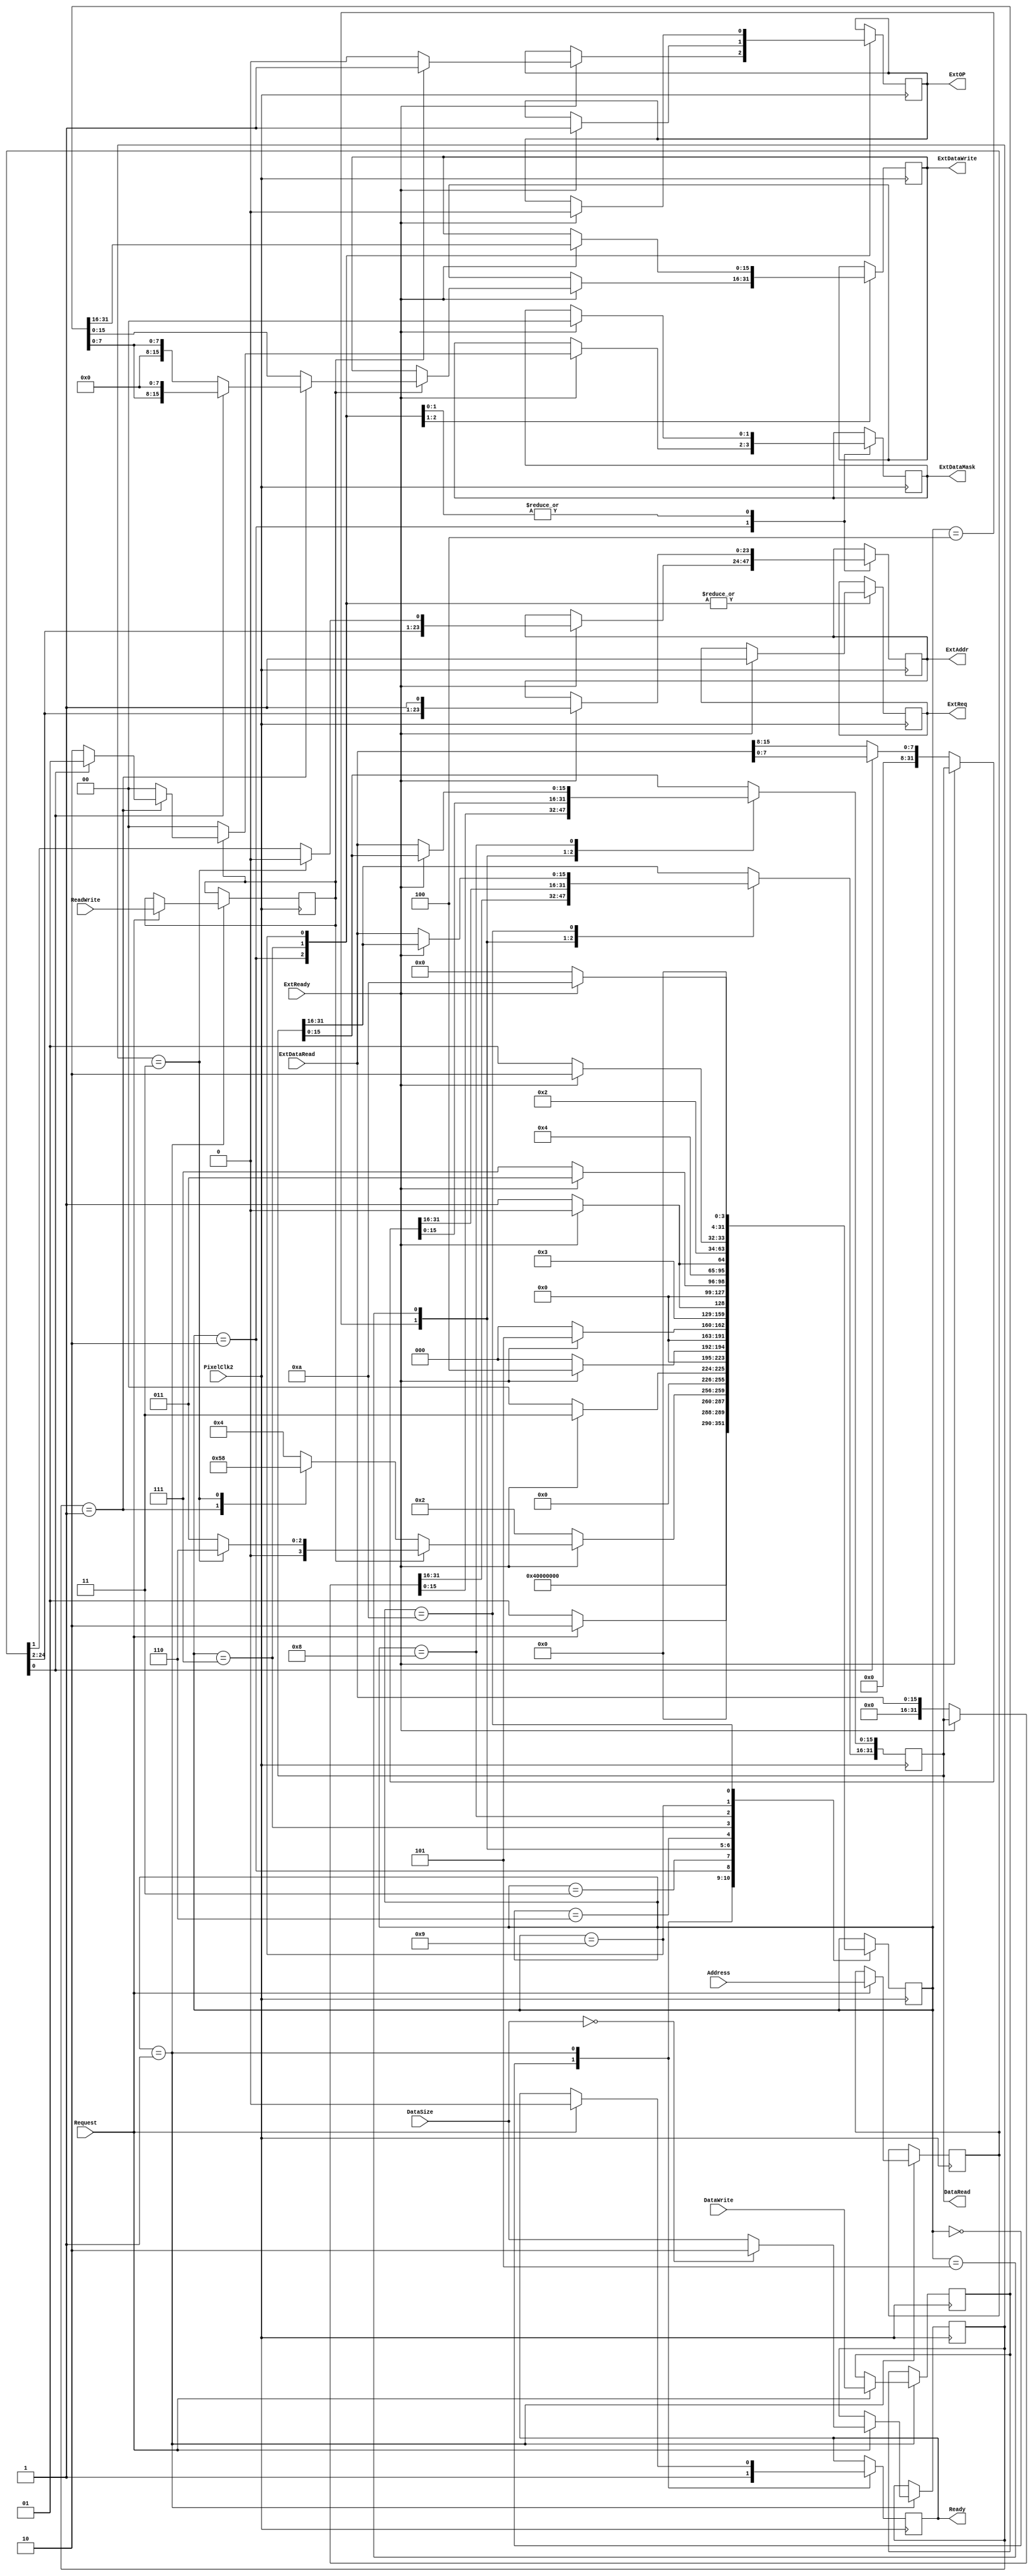
module MemoryAdapter
( input PixelClk2,
  output reg [23:0] ExtAddr,
  output reg [15:0] ExtDataWrite,
  output reg [1:0] ExtDataMask,
  input [15:0] ExtDataRead,
  output reg ExtOP,
  output reg ExtReq,
  input ExtReady,
  input [24:0] Address,
  input [31:0] DataWrite,
  output reg [31:0] DataRead,
  input [1:0] DataSize,            // 01: 8bit  -  11: 32bit  -  00|10: 16bit
  input ReadWrite,
  input Request,
  output reg Ready  
);

  integer Status;
  reg [24:0] SaveAddr;
  reg [31:0] SaveData;
  reg [1:0] SaveSize;
  reg SaveOP;

  initial
    begin
	   Status = 0;
		ExtReq = 0;
		DataRead = 0;
		ExtAddr = 0;
		ExtDataWrite = 0;
		ExtDataMask = 0;
		ExtOP = 0;
		Ready = 0;
	 end

  always @(posedge PixelClk2)
    begin
	   case(Status)
		  0: begin
		       Ready = 1;
				 Status = 1;
		     end
		  1: begin
		       if (Request == 1)
				   begin
				     SaveAddr = Address;
                 SaveData = DataWrite;
                 SaveSize = (DataSize == 2'b00) ? 2'b10 : DataSize;
                 SaveOP = ReadWrite;
					  Ready = 0;
					  Status = 2;
					end
				 else Status = 1;
		     end
		  2: begin
		       if (ExtReady == 1)
				   begin
					  case(SaveOP)
					    1: begin                      // WRITE
					         case(SaveSize)
					           2'b01: begin           // Byte
								           ExtAddr = SaveAddr[24:1];
											  ExtDataWrite = (SaveAddr[0]==0) ? {8'h00,SaveData[7:0]} : {SaveData[7:0],8'h00};
											  ExtDataMask = (SaveAddr[0]==0) ? 2'b10 : 2'b01;
											  ExtOP = 1;
											  ExtReq = 1;
											  Status = 3;
						               end
						        2'b11: begin           // Double
								           ExtAddr = {SaveAddr[24:2],1'b0};
										     ExtDataWrite = SaveData[15:0];
											  ExtDataMask = 2'b00;
											  ExtOP = 1;
											  ExtReq = 1;
											  Status = 6;
						               end
						        default: begin         // Word
						                   ExtAddr = SaveAddr[24:1];
										       ExtDataWrite = SaveData[15:0];
												 ExtDataMask = 2'b00;
												 ExtOP = 1;
												 ExtReq = 1;
												 Status = 3;
						                 end
					         endcase
							 end
					    default: begin                // READ
					               case(SaveSize)
					                 2'b01: begin     // Byte
										           ExtAddr = SaveAddr[24:1];
													  ExtDataMask = 2'b00;
												     ExtOP = 0;
												     ExtReq = 1;
												     Status = 5;
						                     end
						              2'b11: begin     // Double
										           ExtAddr = {SaveAddr[24:2],1'b0};
													  ExtDataMask = 2'b00;
												     ExtOP = 0;
												     ExtReq = 1;
												     Status = 8;
						                     end
						              default: begin   // Word
						                         ExtAddr = SaveAddr[24:1];
														 ExtDataMask = 2'b00;
												       ExtOP = 0;
												       ExtReq = 1;
												       Status = 4;
						                       end
									   endcase				  
                            end
                 endcase									 
					end
				 else Status = 2;
		     end
		  3: begin
		       if (ExtReady == 0) Status = 0;
				 else Status = 3;
           end		  
		  4: begin
		       if (ExtReady == 0) 
				   begin
                 DataRead = {16'h0000,ExtDataRead};					
					  Status = 0;
					end
				 else Status = 4;
           end		  
		  5: begin
		       if (ExtReady == 0) 
				   begin
					  DataRead = (SaveAddr[0]==1) ? {24'h000000,ExtDataRead[7:0]} : {24'h000000,ExtDataRead[15:8]};					
					  Status = 0;
					end
				 else Status = 5;
           end		  
		  6: begin
		       if (ExtReady == 0) Status = 7;
				 else Status = 6;
           end		  
        7: begin
		       if (ExtReady == 1) 
				   begin
					  ExtAddr = {SaveAddr[24:2],1'b1};
					  ExtDataWrite = SaveData[31:16];
					  ExtDataMask = 2'b00;
					  ExtOP = 1;
					  ExtReq = 1;
					  Status = 3;
					end
				 else Status = 7;
		     end
		  8: begin
		       if (ExtReady == 0) 
				   begin
                 DataRead[15:0] = ExtDataRead;					
					  Status = 9;
					end
				 else Status = 8;
           end		  
        9: begin
		       if (ExtReady == 1) 
				   begin
					  ExtAddr = {SaveAddr[24:2],1'b1};
					  ExtDataMask = 2'b00;
					  ExtOP = 0;
					  ExtReq = 1;
					  Status = 10;
					end
				 else Status = 9;
		     end
		 10: begin
		       if (ExtReady == 0) 
				   begin
                 DataRead[31:16] = ExtDataRead;					
					  Status = 0;
					end
				 else Status = 10;
           end		  
		endcase
	 end

endmodule